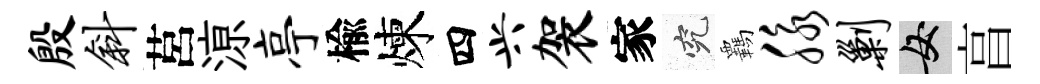
殷斜莒鿌亭楡煉四兴袈家究覊脉剿女亯